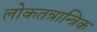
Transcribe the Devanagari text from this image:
लोकतन्रान्त्रिक